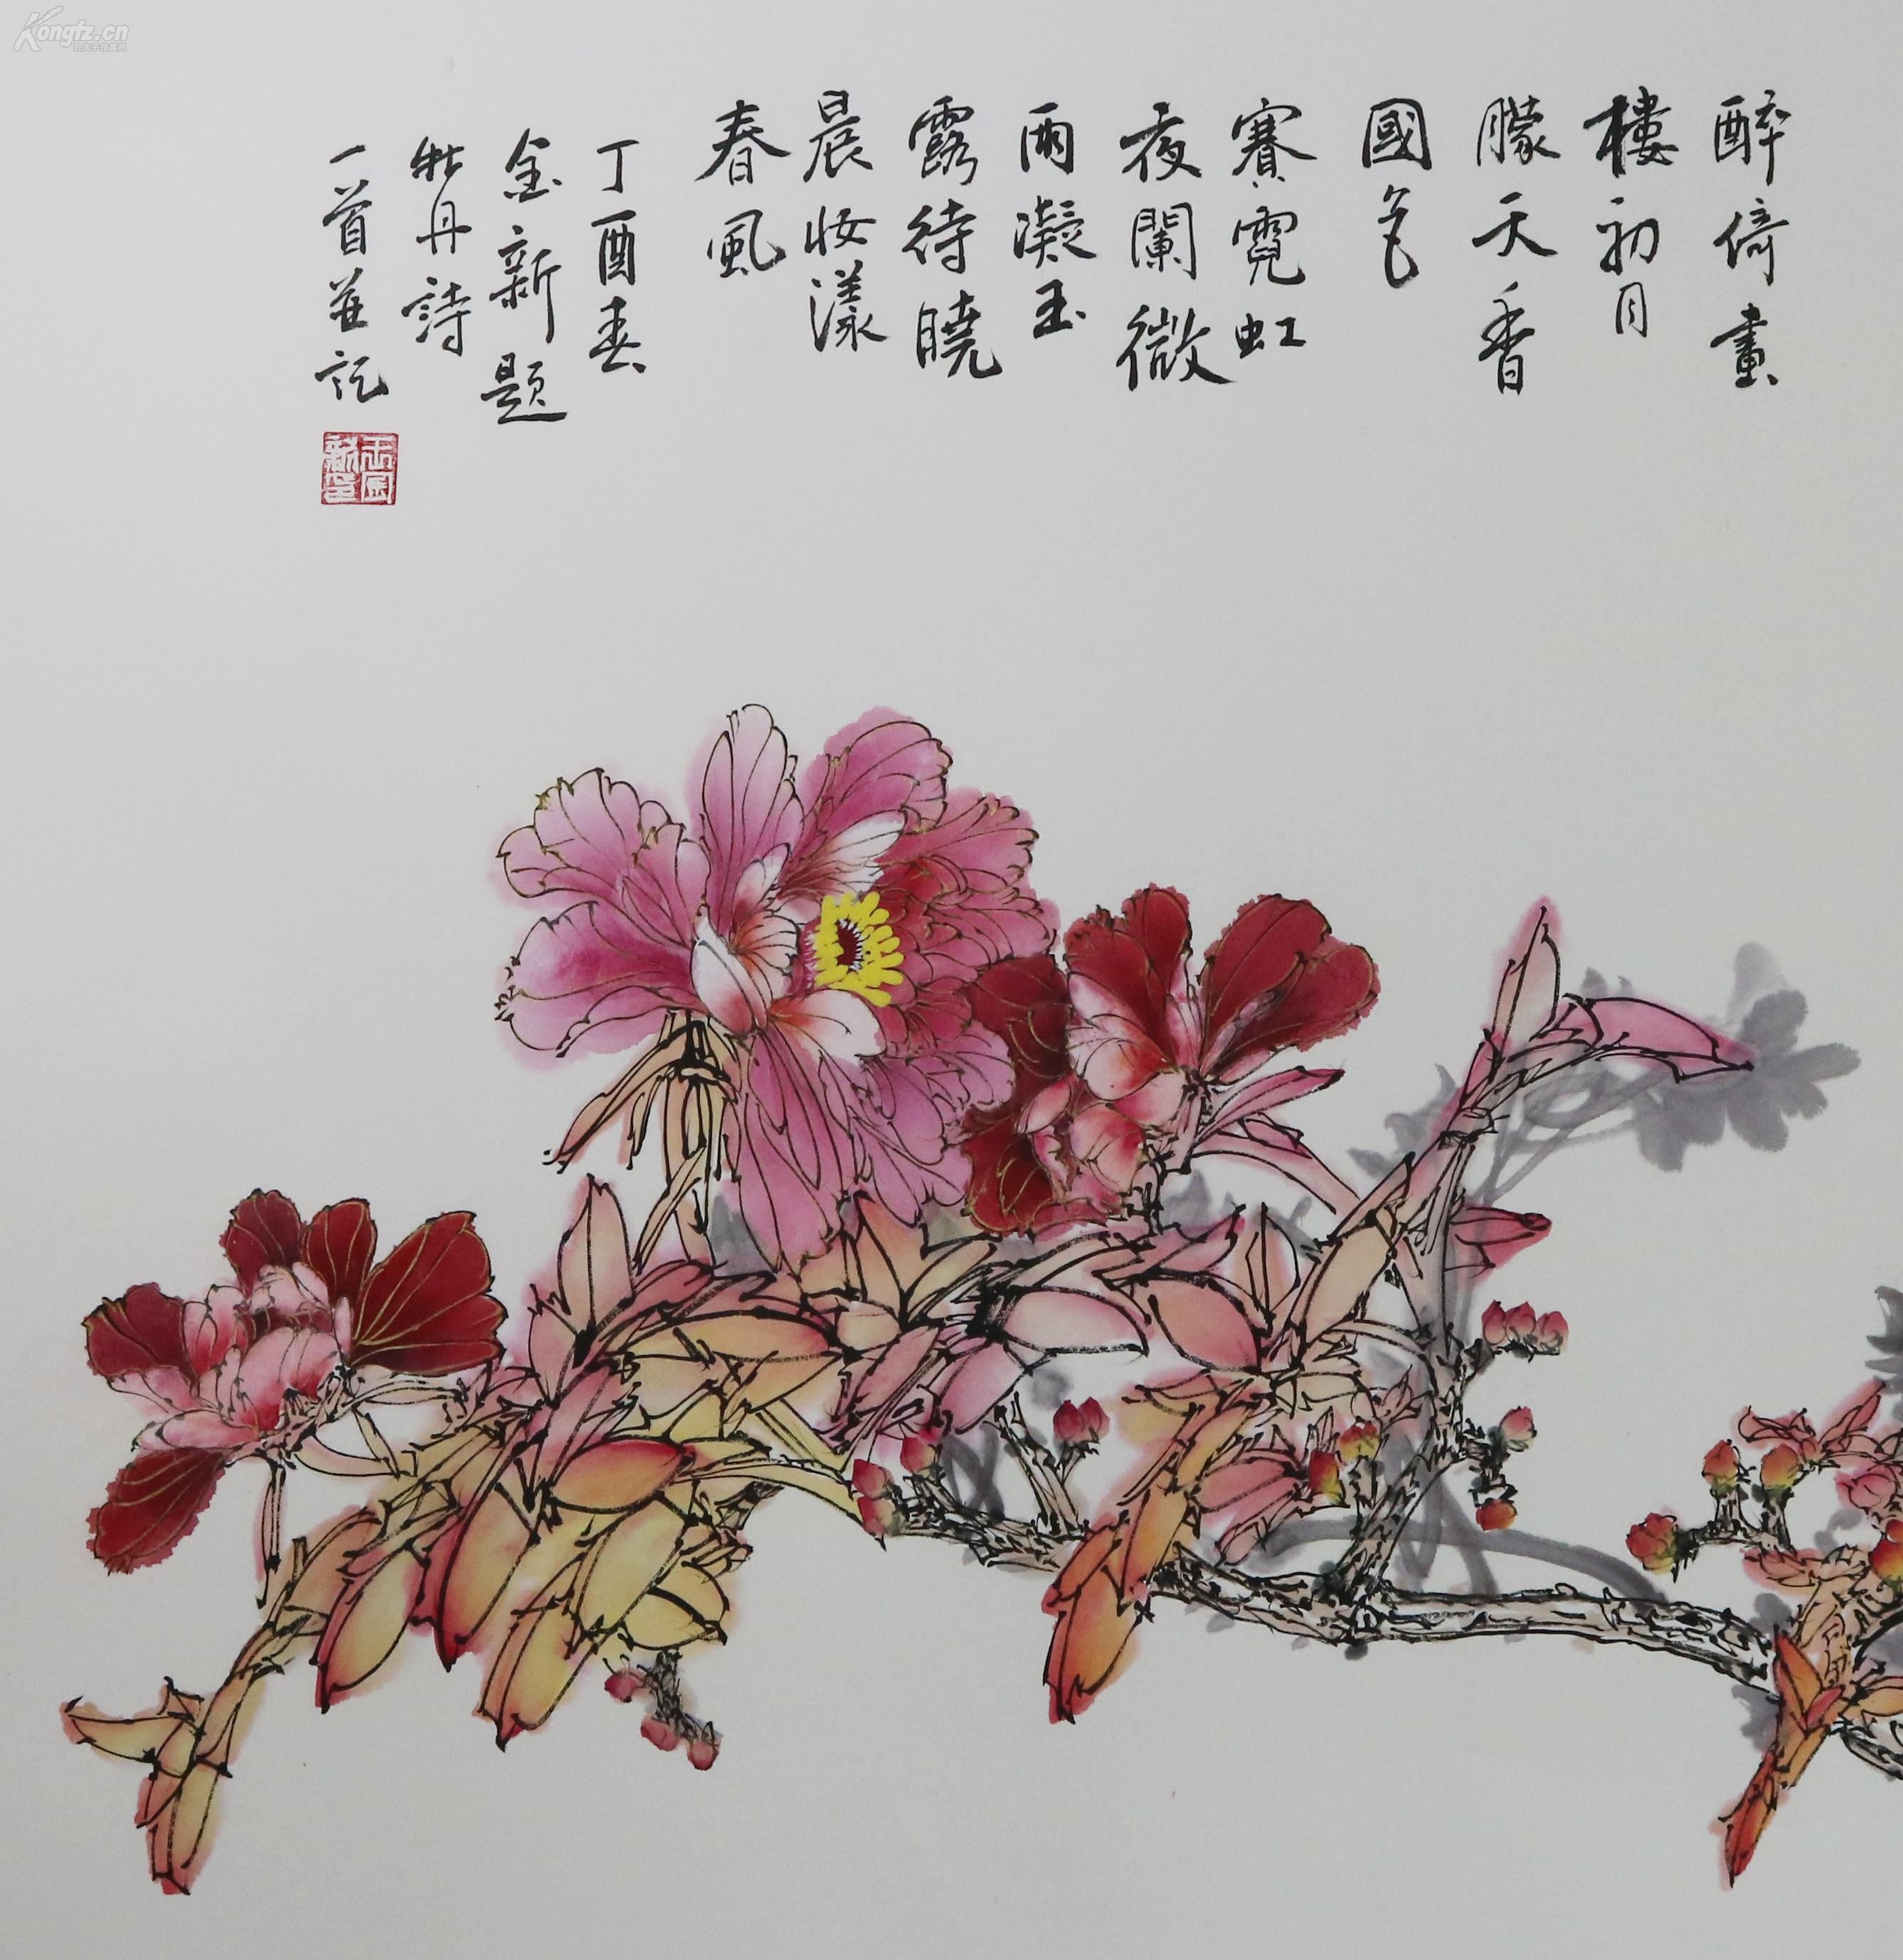
花满河阳，为君羞褪晨妆茜。